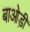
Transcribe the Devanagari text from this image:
बाओड़ी